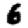
Digit: 6